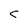
Character: c